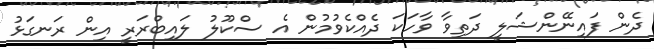
ދެން ފައިނޭންޝަލީ ދަތިވާ ވާހަކަ ދެއްކެވުމުން އެ ސްކޫލު ލައިބްރަރީ އިން ރަނގަޅު